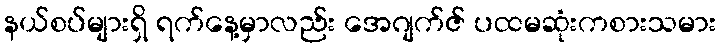
နယ်စပ်များရှိ ရက်နေ့မှာလည်း အေဂျက်ဇ် ပထမဆုံးကစားသမား